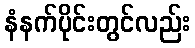
နံနက်ပိုင်းတွင်လည်း